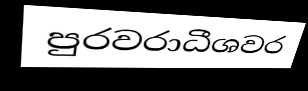
පුරවරාධීශවර